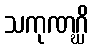
သကုဏဂ္ဃိ